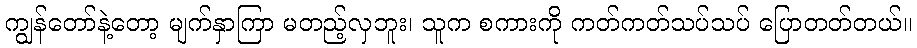
ကျွန်တော်နဲ့တော့ မျက်နှာကြာ မတည့်လှဘူး၊ သူက စကားကို ကတ်ကတ်သပ်သပ် ပြောတတ်တယ်။